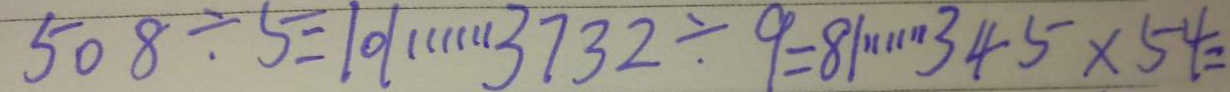
5 0 8 \div 5 = 1 0 1 \cdots 3 7 3 2 \div 9 = 8 1 \cdots 3 4 5 \times 5 4 =